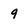
Character: 9